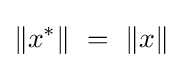
\|x^{*}\|~=~\|x\|